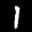
Label: 1